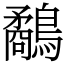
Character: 鷸